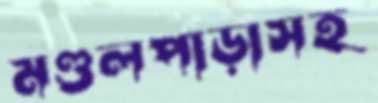
মণ্ডলপাড়াসহ